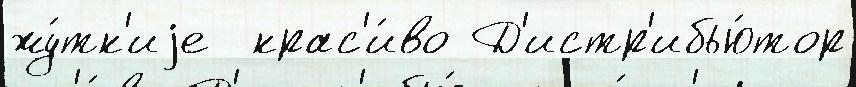
жу́тк'иjе  крас'и́во Д'истр'ибью́тор